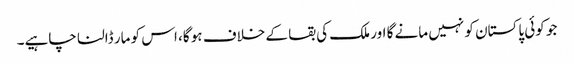
جو کوئی پاکستان کو نہیں مانے گا اور ملک کی بقا کے خلاف ہو گا، اس کو مار ڈالنا چاہیے۔